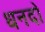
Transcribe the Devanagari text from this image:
धनदो